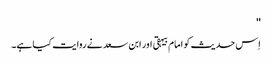
''
اِس حدیث کو امام بیہقی اور ابن سعد نے روایت کیا ہے۔